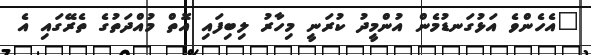
"އެހެންވެ އަޅުގަަނޑުމެން އުންމީދު ކުރަނީ މިހާރު ލިބިފައި އޮތް މުއްދަތުގެ ތެރޭގައި އެ